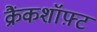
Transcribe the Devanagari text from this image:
क्रैंकशॉफ़्ट